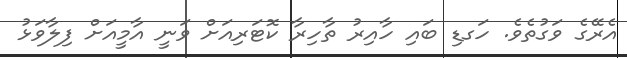
އެރޭގެ ވަގުތެވެ. ހަގޑި ބައި ހާއިރު ތާހިރާ ކޮޓަރިއަށް ވަނީ އާމީއަށް ފިލާވަޅު